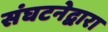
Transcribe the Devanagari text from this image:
संघटनेद्वारा